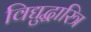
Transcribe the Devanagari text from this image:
विद्युद्धारित्र